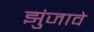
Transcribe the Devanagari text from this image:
झुंजावे